Code of medical and sanitary regulations for the guidance of medical officers serving in the Madras Presidency - Volume I
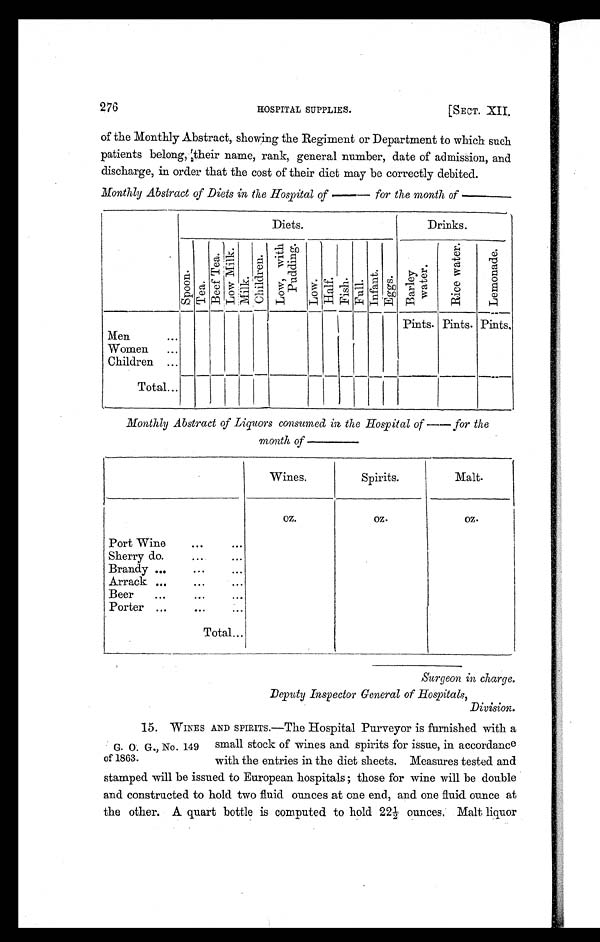
276
HOSPITAL SUPPLIES.
[SECT. XII.
of the Monthly Abstract, showing the Regiment or Department to which such
patients belong, their name, rank, general number, date of admission, and
discharge, in order that the cost of their diet may be correctly debited.
Monthly Abstract of Diets in, the Hospital of——for the month of——
Diets.
Drinks.
S p o o n .
T e a .
Beef Tea.
L o w M i l k .
M i l k .
C h i l d r e n .
L o w , w i t h
P u d d i n g .
L o w .
Half. F i s h .
F u l l .
I n f a n t .
E g g s .
B a r l e y
w a t e r .
R i c e w a t e r .
L e m o n a d e .
Pints. Pints. Pints.
Men
...
Women
...
Children ...
Total...
Monthly Abstract of Liquors consumed in, the Hospital of——for the
month of——
Wines.
Spirits.
Malt.
oz.
o z .
o z .
Port Wino
...
. . .
Sherry do.
...
...
Brandy ...
...
...
Arrack ...
...
...
Beer
...
...
...
Porter ...
...
...
Total...
Surgeon in charge.
Deputy Inspector General of Hospitals,
Division.
G. O. G., No. 149
of 1863.
15. WINES AND SPIRITS.—The Hospital Purveyor is furnished with a
small stock of wines and spirits for issue, in accordance
with the entries in the diet sheets. Measures tested and
stamped will be issued to European hospitals ; those for wine will be double
and constructed to hold two fluid ounces at one end, and one fluid ounce at
the other. A quart bottle is computed to hold 22½ ounces. Malt liquor